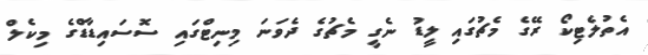
އެތުލެޓިކޯ ރޭގެ މެޗުގައި ލީޑު ނެގީ މެޗުގެ ދެވަނަ މިނިޓްގައި ސޮސައިޑާޑްގެ މިކެލް